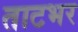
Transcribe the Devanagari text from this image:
ताटभर